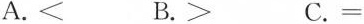
A.< B.> C.=